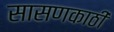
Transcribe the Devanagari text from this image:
सासणकाठी